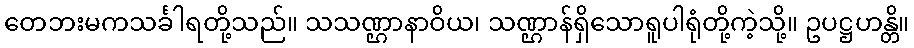
တေဘးမကသင်္ခါရတို့သည်။ သသဏ္ဌာနာဝိယ၊ သဏ္ဌာန်ရှိသောရူပါရုံတို့ကဲ့သို့။ ဥပဋ္ဌဟန္တိ။